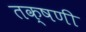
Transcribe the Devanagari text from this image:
तक्षणी